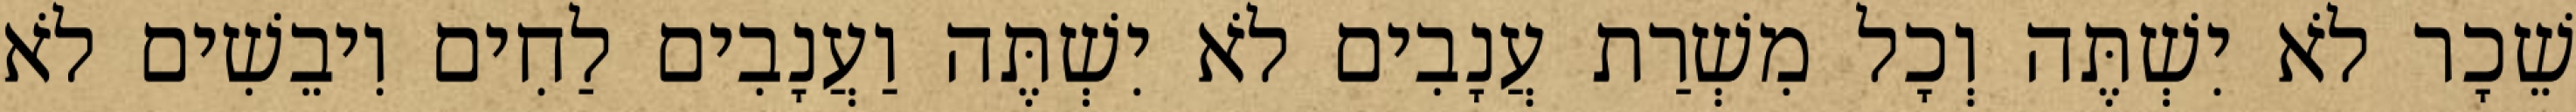
שֵׁכָר לֹא יִשְׁתֶּה וְכָל מִשְׁרַת עֲנָבִים לֹא יִשְׁתֶּה וַעֲנָבִים לַחִים וִיבֵשִׁים לֹא